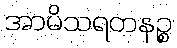
အာမိသရတနဉ္စ